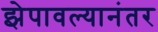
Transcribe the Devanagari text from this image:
झेपावल्यानंतर